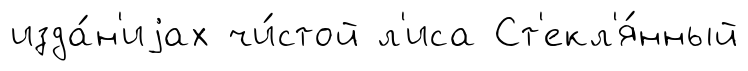
изда́н'иjах чи́стой л'иса Ст'екл'я́нный